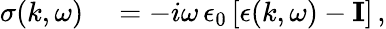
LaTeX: \begin{array}{rl}{\mathbf{\sigma}(k,\omega)}&{{}=-i\omega\, \epsilon_{0}\left[\mathbf{\epsilon}(k,\omega)-\mathbf{I}\right]\, ,}\end{array}